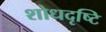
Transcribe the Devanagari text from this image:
शोधदृष्टि